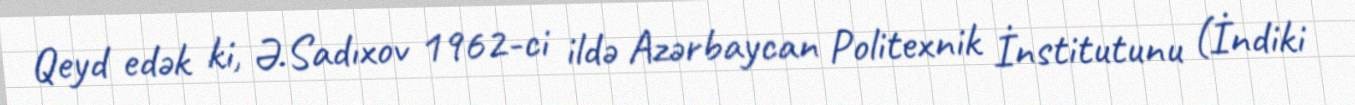
Qeyd edək ki, Ə.Sadıxov 1962-ci ildə Azərbaycan Politexnik İnstitutunu (İndiki